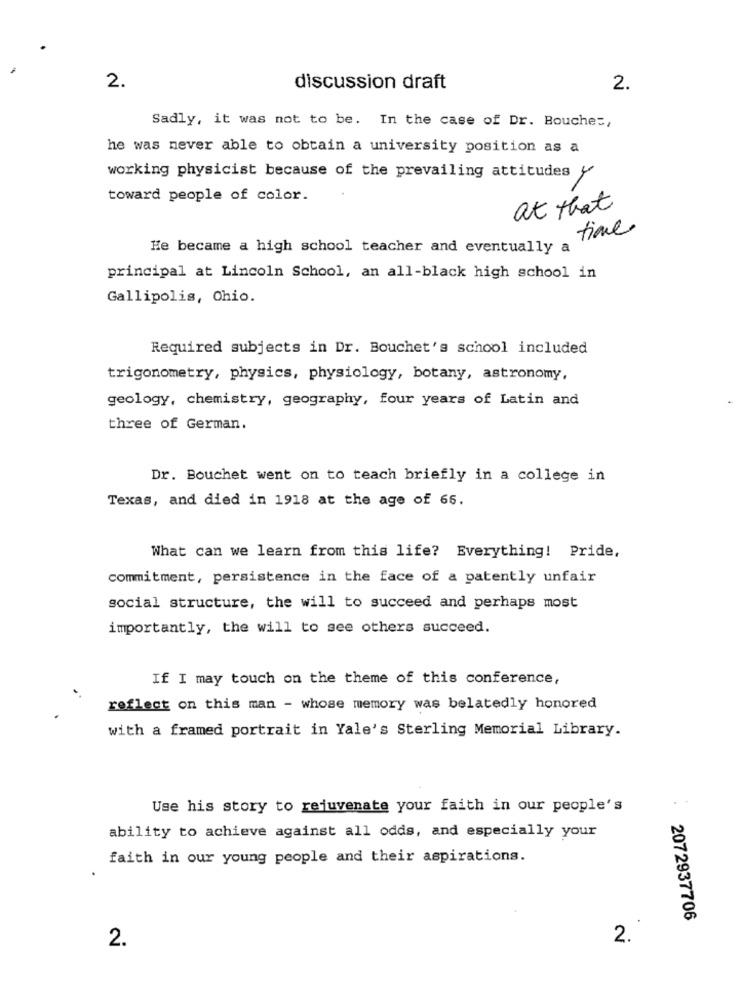
2.
discussion draft
2.
Sadly, it was not to be. In the case of Dr. Bouches,
he was never able to obtain a university position as a
working physicist because of the prevailing attitudes y
toward people of color.
at that
time
He became a high school teacher and eventually a
principal at Lincoln School, an all-black high school in
Gallipolis, Ohio.
Required subjects in Dr. Bouchet's school included
trigonometry, physics, physiology, botany, astronomy,
geology, chemistry, geography, four years of Latin and
three of German.
Dr. Bouchet went on to teach briefly in a college in
Texas, and died in 1918 at the age of 66.
What can we learn from this life? Everything! Pride,
commitment, persistence in the face of a patently unfair
social structure, the will to succeed and perhaps most
importantly, the will to see others succeed.
If I may touch on the theme of this conference,
reflect on this man - whose memory was belatedly honored
with a framed portrait in Yale's Sterling Memorial Library.
Use his story to rejuvenate your faith in our people's
ability to achieve against all odds, and especially your
faith in our young people and their aspirations.
. 2072937706
2.
2.